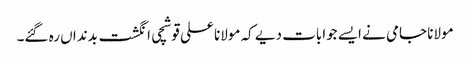
مولانا جامی نے ایسے جوابات دیے کہ مولانا علی قوشچی انگشت بدنداں رہ گئے۔